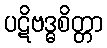
ပဋိဗဒ္ဓစိတ္တာ